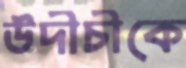
উদীচীকে